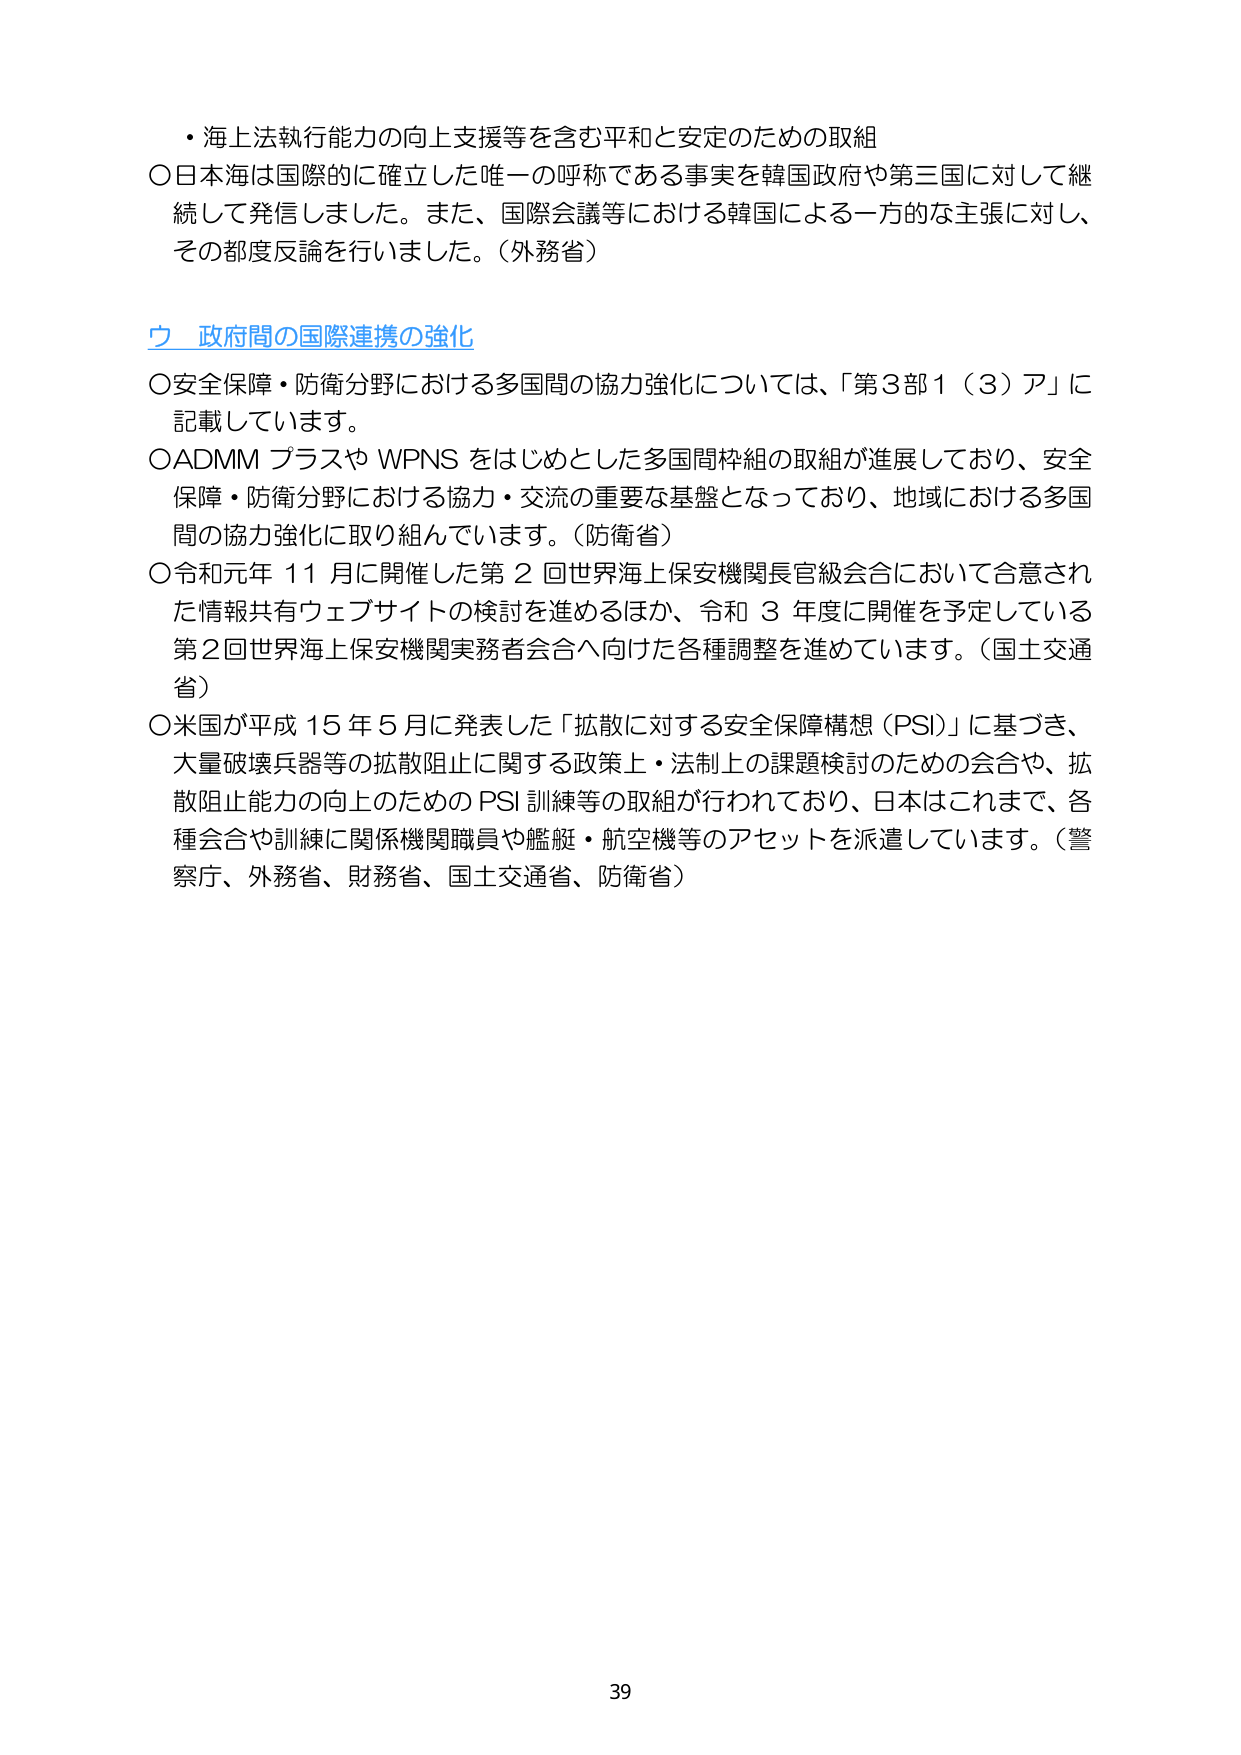
・海上法執行能力の向上支援等を含む平和と安定のための取組
〇日本海は国際的に確立した唯一の呼称である事実を韓国政府や第三国に対して継続して発信しました。また、国際会議等における韓国による一方的な主張に対し、その都度反論を行いました。（外務省）

ウ 政府間の国際連携の強化
〇安全保障・防衛分野における多国間の協力強化については、「第3部1（3）ア」に記載しています。
〇ADMMプラスやWPNSをはじめとした多国間枠組の取組が進展しており、安全保障・防衛分野における協力・交流の重要な基盤となっており、地域における多国間の協力強化に取り組んでいます。（防衛省）
〇令和元年11月に開催した第2回世界海上保安機関長官級会合において合意された情報共有ウェブサイトの検討を進めるほか、令和3年度に開催を予定している第2回世界海上保安機関実務者会合へ向けた各種調整を進めています。（国土交通省）
〇米国が平成15年5月に発表した「拡散に対する安全保障構想（PSI）」に基づき、大量破壊兵器等の拡散阻止に関する政策上・法制上の課題検討のための会合や、拡散阻止能力の向上のためのPSI訓練等の取組が行われており、日本はこれまで、各種会合や訓練に関係機関職員や艦艇・航空機等のアセットを派遣しています。（警察庁、外務省、財務省、国土交通省、防衛省）

39